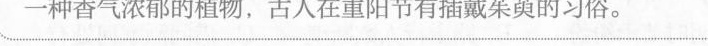
一种香气浓郁的植物，古人在重阳节有插戴茱萸的习俗。